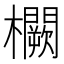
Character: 𭬸